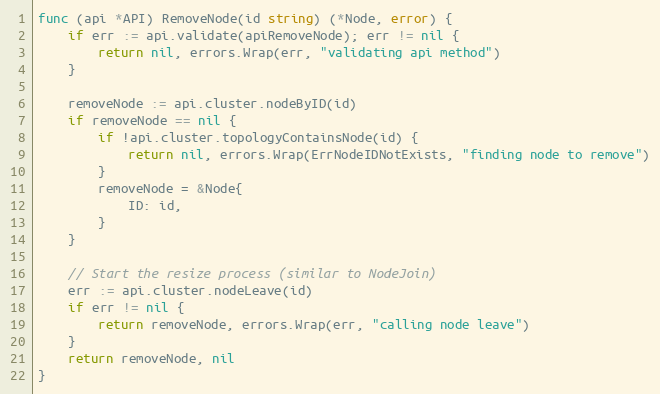
Language: Go
func (api *API) RemoveNode(id string) (*Node, error) {
	if err := api.validate(apiRemoveNode); err != nil {
		return nil, errors.Wrap(err, "validating api method")
	}

	removeNode := api.cluster.nodeByID(id)
	if removeNode == nil {
		if !api.cluster.topologyContainsNode(id) {
			return nil, errors.Wrap(ErrNodeIDNotExists, "finding node to remove")
		}
		removeNode = &Node{
			ID: id,
		}
	}

	// Start the resize process (similar to NodeJoin)
	err := api.cluster.nodeLeave(id)
	if err != nil {
		return removeNode, errors.Wrap(err, "calling node leave")
	}
	return removeNode, nil
}